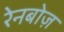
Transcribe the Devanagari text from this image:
रेनबोज़